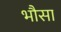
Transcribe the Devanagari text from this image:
भौसा